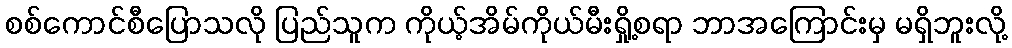
စစ်ကောင်စီပြောသလို ပြည်သူက ကိုယ့်အိမ်ကိုယ်မီးရှို့စရာ ဘာအကြောင်းမှ မရှိဘူးလို့